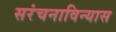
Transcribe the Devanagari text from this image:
सरंचनाविन्यास